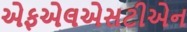
એફએલએસટીએન